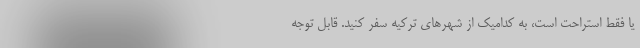
یا فقط استراحت است، به کدامیک از شهرهای ترکیه سفر کنید. قابل توجه